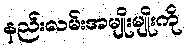
နည်းလမ်းအမျိုးမျိုးကို